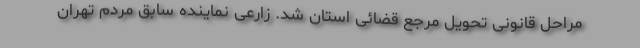
مراحل قانونی تحویل مرجع قضائی استان شد. زارعی نماینده سابق مردم تهران